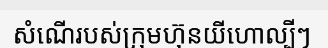
សំណើរបស់ក្រុមហ៊ុនយីហោល្បីៗ